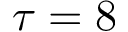
\tau = 8